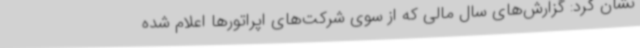
نشان کرد: گزارش‌های سال مالی که از سوی شرکت‌های اپراتورها اعلام شده